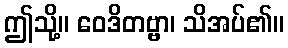
ဤသို့။ ဝေဒိတဗ္ဗာ၊ သိအပ်၏။